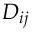
D _ { i j }